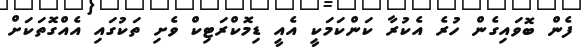
ފެން ބޮވައިގެން ހުރެ އެކުރާ ކަންކަމަކީ އެއީ ޑިމޮކްރަޓިކް ވެށި ތަކުގައި އެއްގޮތަކަށް